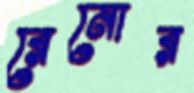
রেনোর